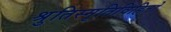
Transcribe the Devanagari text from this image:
श्रुतिस्मृतिविहितो